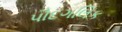
પૌદગલિક